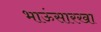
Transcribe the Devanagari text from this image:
भाऊंसारखा